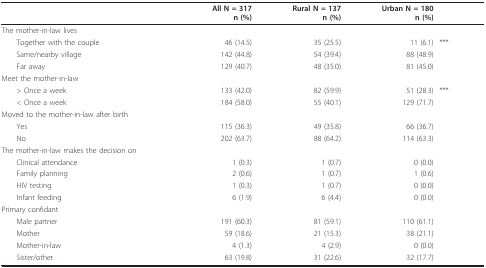
|  | All N = 317n (%) | Rural N = 137n (%) | Urban N = 180n (%) |  |
 | --- | --- | --- | --- | --- |
 | The mother-in-law lives |  |  |  |  |
 | Together with the couple | 46 (14.5) | 35 (25.5) | 11 (6.1) | *** |
 | Same/nearby village | 142 (44.8) | 54 (39.4) | 88 (48.9) |  |
 | Far away | 129 (40.7) | 48 (35.0) | 81 (45.0) |  |
 | Meet the mother-in-law |  |  |  |  |
 | > Once a week | 133 (42.0) | 82 (59.9) | 51 (28.3) | *** |
 | < Once a week | 184 (58.0) | 55 (40.1) | 129 (71.7) |  |
 | Moved to the mother-in-law after birth |  |  |  |  |
 | Yes | 115 (36.3) | 49 (35.8) | 66 (36.7) |  |
 | No | 202 (63.7) | 88 (64.2) | 114 (63.3) |  |
 | The mother-in-law makes the decision on |  |  |  |  |
 | Clinical attendance | 1 (0.3) | 1 (0.7) | 0 (0.0) |  |
 | Family planning | 2 (0.6) | 1 (0.7) | 1 (0.6) |  |
 | HIV testing | 1 (0.3) | 1 (0.7) | 0 (0.0) |  |
 | Infant feeding | 6 (1.9) | 6 (4.4) | 0 (0.0) |  |
 | Primary confidant |  |  |  |  |
 | Male partner | 191 (60.3) | 81 (59.1) | 110 (61.1) |  |
 | Mother | 59 (18.6) | 21 (15.3) | 38 (21.1) |  |
 | Mother-in-law | 4 (1.3) | 4 (2.9) | 0 (0.0) |  |
 | Sister/other | 63 (19.8) | 31 (22.6) | 32 (17.7) |  |